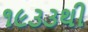
૧૯૩૩થી